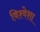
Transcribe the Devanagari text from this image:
विश्वेशा